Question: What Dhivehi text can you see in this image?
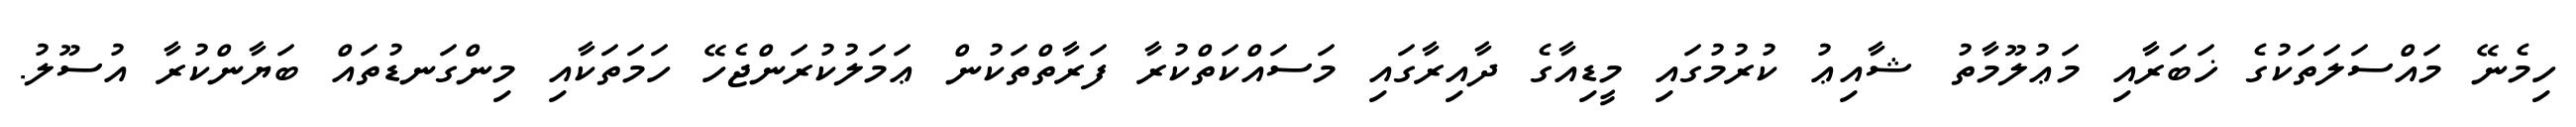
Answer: ހިމެނޭ މައްސަލަތަކުގެ ޚަބަރާއި މަޢުލޫމާތު ޝާއިޢު ކުރުމުގައި މީޑިއާގެ ދާއިރާގައި މަސައްކަތްކުރާ ފަރާތްތަކުން ޢަމަލުކުރަންޖެހޭ ހަމަތަކާއި މިންގަނޑުތައް ބަޔާންކުރާ އުސޫލު.